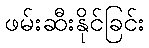
ဖမ်းဆီးနိုင်ခြင်း